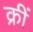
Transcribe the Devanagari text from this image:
क्रीं